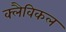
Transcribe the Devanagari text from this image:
क्लैविकल